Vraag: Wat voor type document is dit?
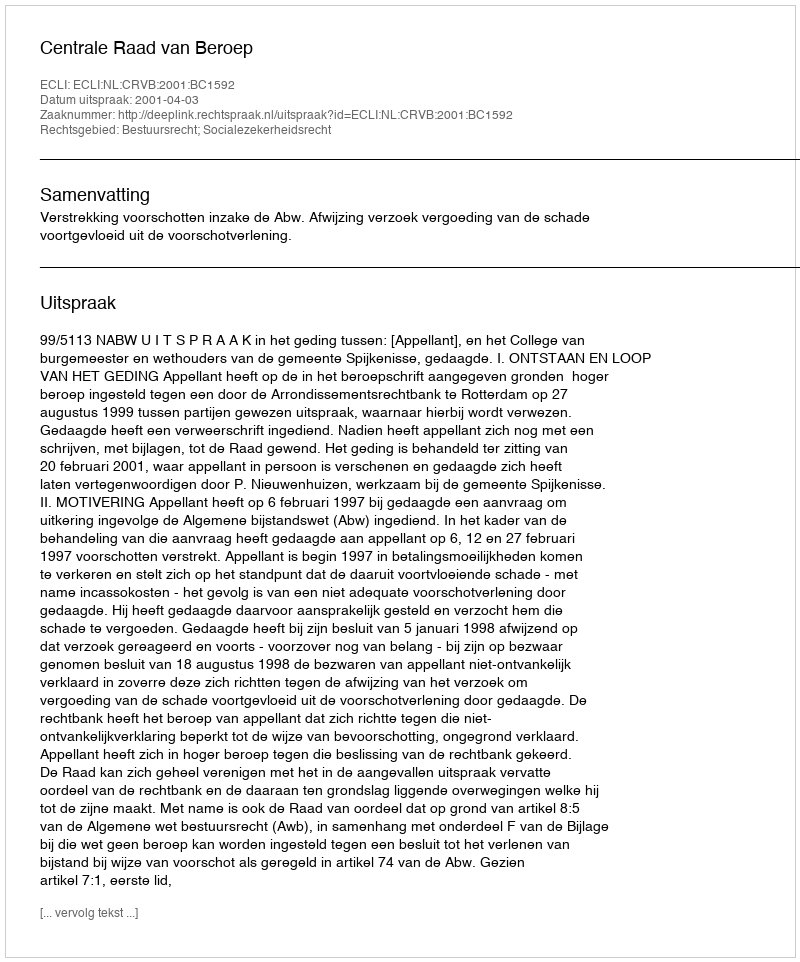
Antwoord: Uitspraak